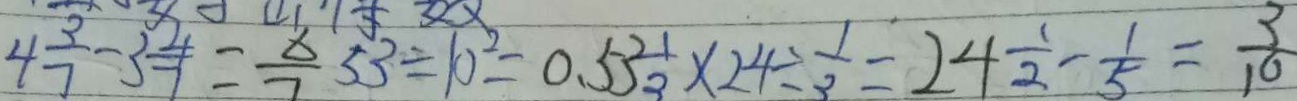
4 \frac { 3 } { 7 } - 3 \frac { 4 } { 7 } = \frac { 6 } { 7 } 5 3 \div 1 0 ^ { 2 } = 0 . 5 3 \frac { 1 } { 3 } \times 2 4 \div \frac { 1 } { 3 } = 2 4 \frac { 1 } { 2 } - \frac { 1 } { 5 } = \frac { 3 } { 1 0 }